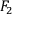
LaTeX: { \cal F } _ { 2 }